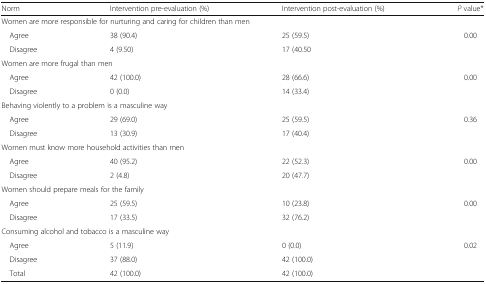
| Norm | Intervention pre-evaluation (%) | Intervention post-evaluation (%) | P value* |
 | --- | --- | --- | --- |
 | <COLSPAN=4> Women are more responsible for nurturing and caring for children than men |
 | Agree | 38 (90.4) | 25 (59.5) | <ROWSPAN=2> 0.00 |
 | Disagree | 4 (9.50) | 17 (40.50 |
 | <COLSPAN=4> Women are more frugal than men |
 | Agree | 42 (100.0) | 28 (66.6) | <ROWSPAN=2> 0.00 |
 | Disagree | 0 (0.0) | 14 (33.4) |
 | <COLSPAN=4> Behaving violently to a problem is a masculine way |
 | Agree | 29 (69.0) | 25 (59.5) | <ROWSPAN=2> 0.36 |
 | Disagree | 13 (30.9) | 17 (40.4) |
 | <COLSPAN=4> Women must know more household activities than men |
 | Agree | 40 (95.2) | 22 (52.3) | <ROWSPAN=2> 0.00 |
 | Disagree | 2 (4.8) | 20 (47.7) |
 | <COLSPAN=4> Women should prepare meals for the family |
 | Agree | 25 (59.5) | 10 (23.8) | <ROWSPAN=2> 0.00 |
 | Disagree | 17 (33.5) | 32 (76.2) |
 | <COLSPAN=4> Consuming alcohol and tobacco is a masculine way |
 | Agree | 5 (11.9) | 0 (0.0) | <ROWSPAN=2> 0.02 |
 | Disagree | 37 (88.0) | 42 (100.0) |
 | Total | 42 (100.0) | 42 (100.0) |  |